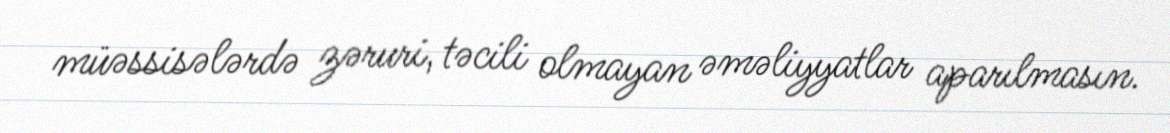
müəssisələrdə zəruri, təcili olmayan əməliyyatlar aparılmasın.